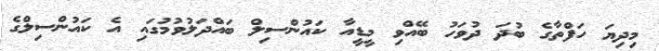
މިދިޔަ ހަފްތާގެ ބުދަ ދުވަހު ބޭއްވި މީޑީއާ ކައުންސިލް ބައްދަލުވުމުގައި އެ ކައުންސިލްގެ